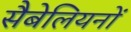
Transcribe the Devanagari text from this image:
सैबेलियनों